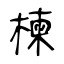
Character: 楝